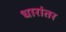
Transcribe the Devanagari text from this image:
धारांतर